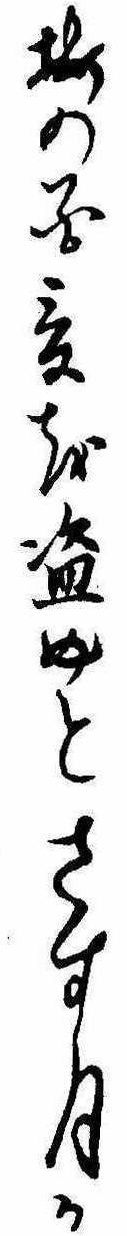
梅の花爰を盗めとさす月か